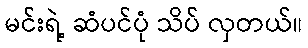
မင်းရဲ့ ဆံပင်ပုံ သိပ် လှတယ်။